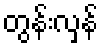
တွန်းလှန်